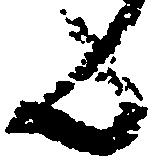
共